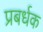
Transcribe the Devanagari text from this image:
प्रबर्धक